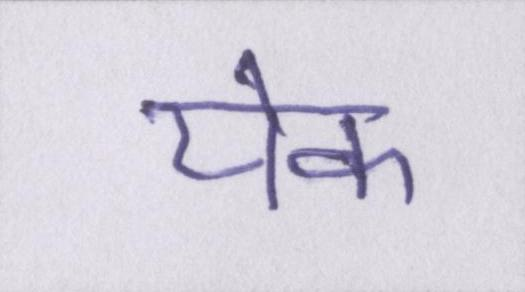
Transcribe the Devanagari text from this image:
येक